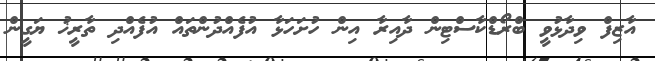
އާޒިފް ވިދާޅުވީ ބްރޯޑްކާސްޓިން ދާއިރާ އިން ހުށަހަޅާ އުފެއްދުންތައް އުފެއްދި ތާރީޚު ޔަގީން